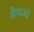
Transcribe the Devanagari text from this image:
शैैयाओं